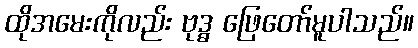
ထိုအမေးကိုလည်း ဗုဒ္ဓ ဖြေတော်မူပါသည်။